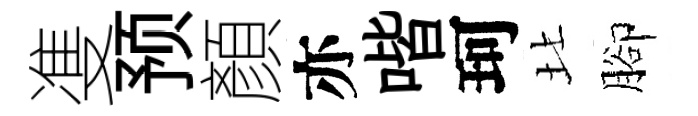
㕠预顏亦喈珂北腳